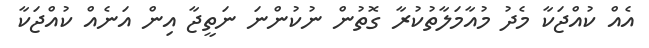
އެއް ކުއްޖަކާ މެދު މުއާމަލާތުކުރާ ގޮތުން ނުކުންނަ ނަތީޖާ އިން އަނެއް ކުއްޖަކާ